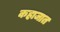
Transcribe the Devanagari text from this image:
कहाजात